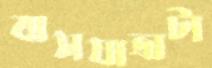
বাসযাত্রাটা